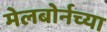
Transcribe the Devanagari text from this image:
मेलबोर्नच्या